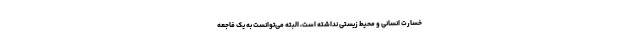
خسارت انسانی و محیط زیستی نداشته است، البته می‌توانست به یک فاجعه